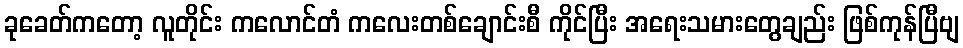
ခုခေတ်ကတော့ လူတိုင်း ကလောင်တံ ကလေးတစ်ချောင်းစီ ကိုင်ပြီး အရေးသမားတွေချည်း ဖြစ်ကုန်ပြီဗျ